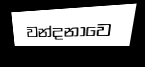
වන්දනාවෙ